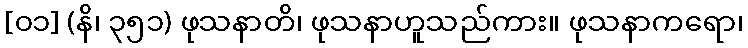
[၀၁] (နိ၊ ၃၅၁) ဖုသနာတိ၊ ဖုသနာဟူသည်ကား။ ဖုသနာကရော၊